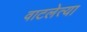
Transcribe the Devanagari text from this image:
वाटलेत्या